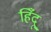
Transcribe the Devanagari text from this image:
हिँदू